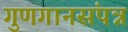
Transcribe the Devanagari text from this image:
गुणगानसंपन्न